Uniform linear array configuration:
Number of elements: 8
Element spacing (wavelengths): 0.75
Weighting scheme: hamming
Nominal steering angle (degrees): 30
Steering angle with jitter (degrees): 28.514
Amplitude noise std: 0.05
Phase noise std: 0.05

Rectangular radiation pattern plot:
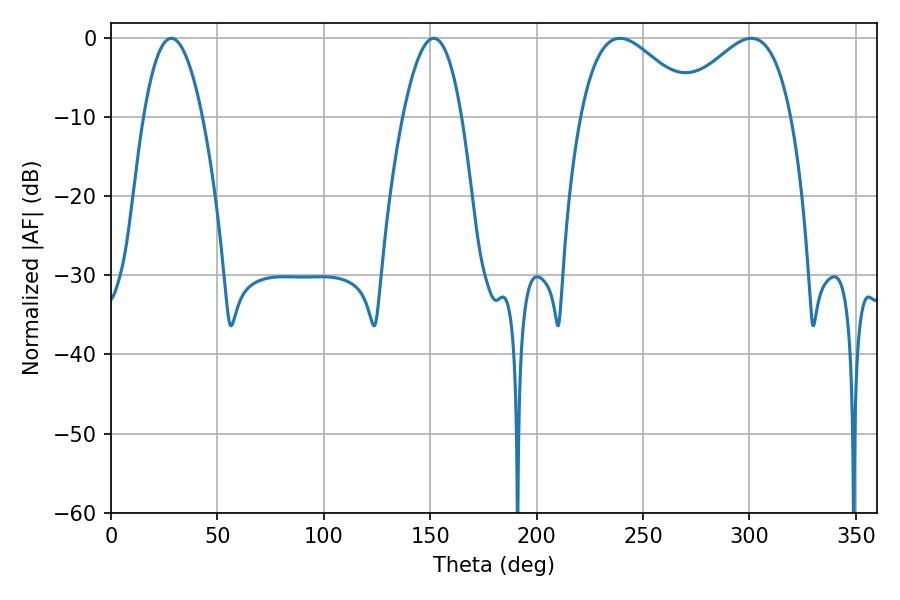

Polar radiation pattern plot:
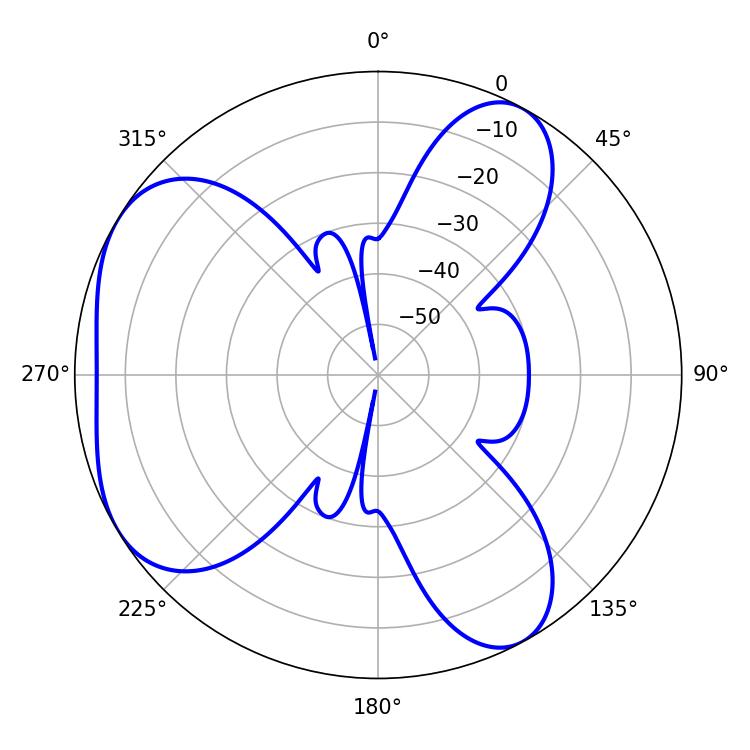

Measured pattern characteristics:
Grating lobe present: TRUE
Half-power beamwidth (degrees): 29.52
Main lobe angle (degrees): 239.22